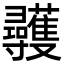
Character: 彠